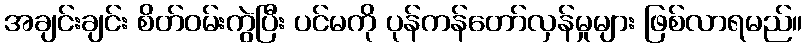
အချင်းချင်း စိတ်ဝမ်းကွဲပြီး ပင်မကို ပုန်ကန်တော်လှန်မှုများ ဖြစ်လာရမည်။